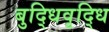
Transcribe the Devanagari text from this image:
बुद्धिवृद्धि